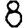
Digit: 8